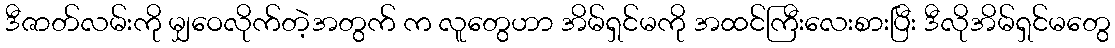
ဒီဇာတ်လမ်းကို မျှဝေလိုက်တဲ့အတွက် က လူတွေဟာ အိမ်ရှင်မကို အထင်ကြီးလေးစားပြီး ဒီလိုအိမ်ရှင်မတွေ